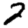
Digit: 2